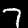
Digit: 7